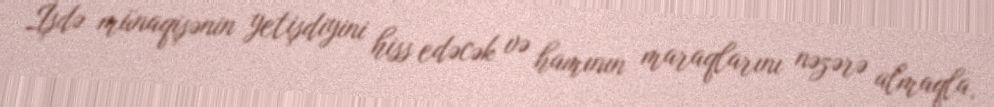
İşdə münaqişənin yetişdiyini hiss edəcək və hamının maraqlarını nəzərə almaqla,